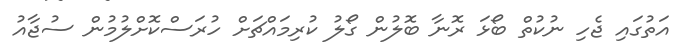
އަތުގައި ޖެހި ނުކުތް ބޯޅަ ރޮނާ ބޮލުން ގޯލު ކުރިމައްޗަށް ހުރަސްކޮށްލުމުން ސުޖާއު